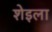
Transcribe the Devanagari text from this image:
शेइला